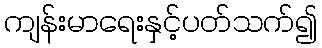
ကျန်းမာရေးနှင့်ပတ်သက်၍